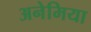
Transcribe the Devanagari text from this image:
अनेमिया